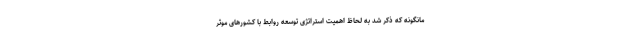
مانگونه که ذکر شد به لحاظ اهمیت استراتژی توسعه روابط با کشورهای موثر